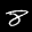
Label: 8